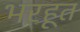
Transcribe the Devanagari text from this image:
भरहूत